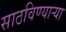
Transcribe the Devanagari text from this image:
साठविण्याऱ्या